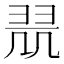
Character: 𱻗